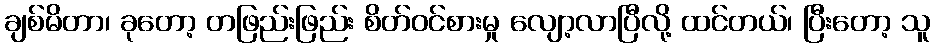
ချစ်မိတာ၊ ခုတော့ တဖြည်းဖြည်း စိတ်ဝင်စားမှု လျော့လာပြီလို့ ထင်တယ်၊ ပြီးတော့ သူ